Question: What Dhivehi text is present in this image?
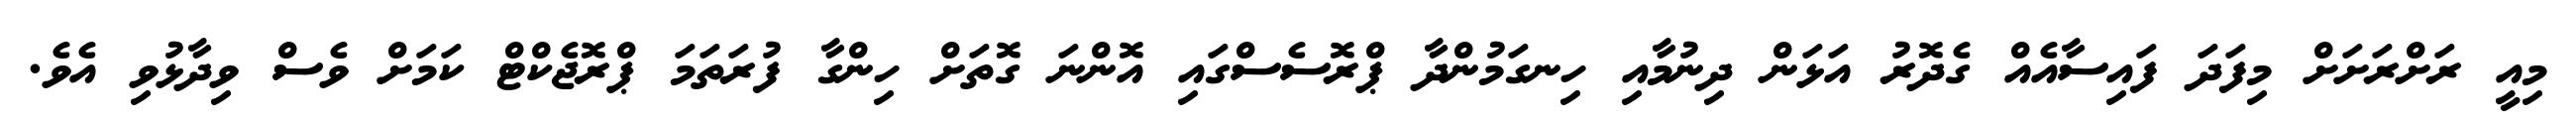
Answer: މިއީ ރަށްރަށަށް މިފަދަ ފައިސާއެއް ގެދޮރު އަޅަން ދިނުމާއި ހިނގަމުންދާ ޕްރޮސެސްގައި އޮންނަ ގޮތަށް ހިންގާ ފުރަތަމަ ޕްރޮޖެކްޓް ކަމަށް ވެސް ވިދާޅުވި އެވެ.